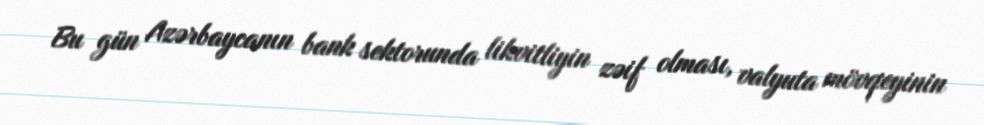
Bu gün Azərbaycanın bank sektorunda likvitliyin zəif olması, valyuta mövqeyinin